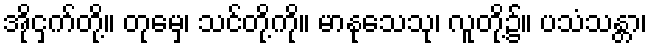
အိုငှက်တို့။ တုမှေ၊ သင်တို့ကို။ မာနုသေသု၊ လူတို့၌။ ပသံသန္တာ၊